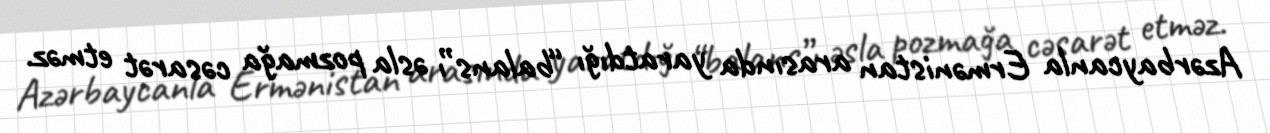
Azərbaycanla Ermənistan arasında yaratdığı “balans”ı əsla pozmağa cəsarət etməz.